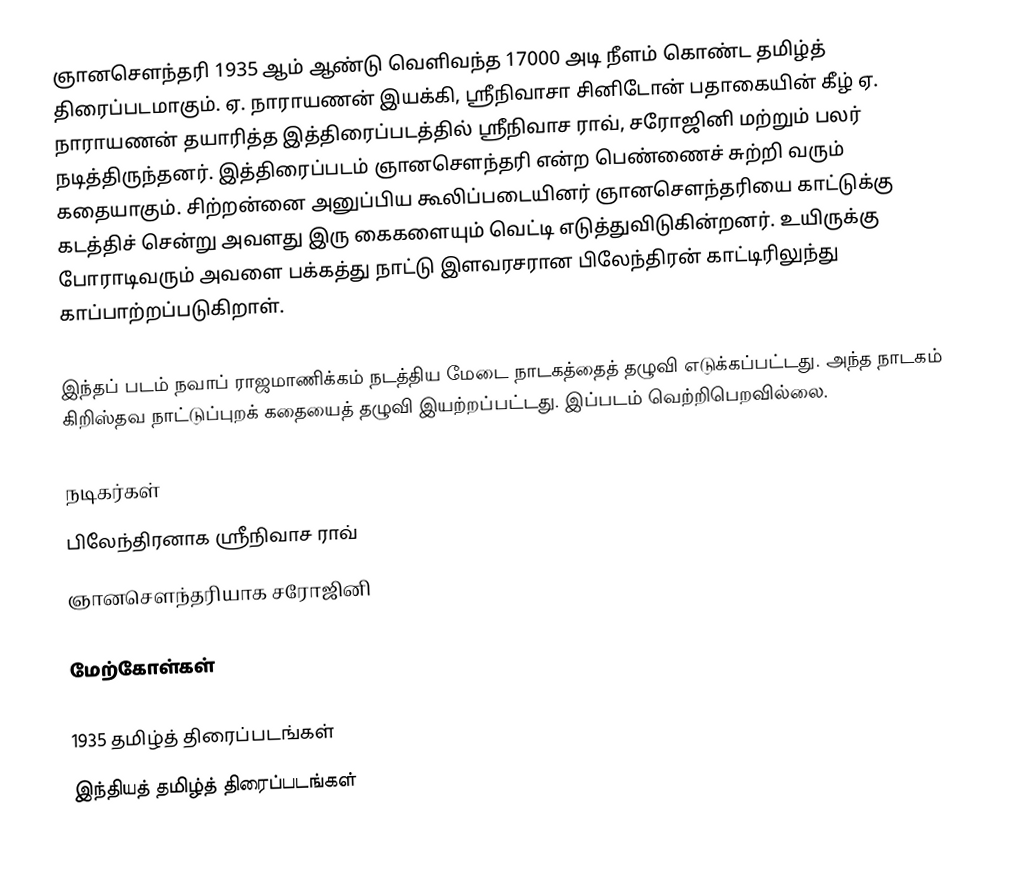
ஞானசௌந்தரி 1935 ஆம் ஆண்டு வெளிவந்த 17000 அடி நீளம் கொண்ட தமிழ்த் திரைப்படமாகும். ஏ. நாராயணன் இயக்கி, ஸ்ரீநிவாசா சினிடோன் பதாகையின் கீழ் ஏ. நாராயணன் தயாரித்த இத்திரைப்படத்தில் ஸ்ரீநிவாச ராவ், சரோஜினி மற்றும் பலர் நடித்திருந்தனர். இத்திரைப்படம் ஞானசௌந்தரி என்ற பெண்ணைச் சுற்றி வரும் கதையாகும். சிற்றன்னை அனுப்பிய கூலிப்படையினர் ஞானசௌந்தரியை காட்டுக்கு கடத்திச் சென்று அவளது இரு கைகளையும் வெட்டி எடுத்துவிடுகின்றனர். உயிருக்கு போராடிவரும் அவளை பக்கத்து நாட்டு இளவரசரான பிலேந்திரன் காட்டிரிலுந்து காப்பாற்றப்படுகிறாள்.

இந்தப் படம் நவாப் ராஜமாணிக்கம் நடத்திய மேடை நாடகத்தைத் தழுவி எடுக்கப்பட்டது. அந்த நாடகம் கிறிஸ்தவ நாட்டுப்புறக் கதையைத் தழுவி இயற்றப்பட்டது. இப்படம் வெற்றிபெறவில்லை.

நடிகர்கள்
பிலேந்திரனாக ஸ்ரீநிவாச ராவ்
ஞானசௌந்தரியாக சரோஜினி

மேற்கோள்கள்

1935 தமிழ்த் திரைப்படங்கள்
இந்தியத் தமிழ்த் திரைப்படங்கள்